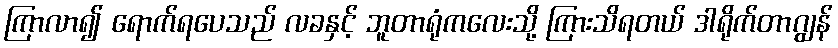
ကြာလာ၍ ရောက်ရပေသည် လခနှင့် ဘူတာရုံကလေးသို့ ကြားသိရတယ် ဒါရိုက်တာဂျွန်